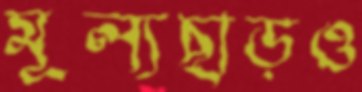
মূল্যছাড়ও